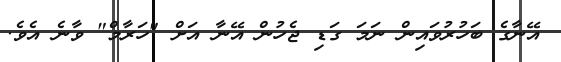
އޭނާގެ ބަހުރުވައިން ނަމަ ގަޑި ޖެހުން އޭނާ އަށް "ހަރާމް" ވާނެ އެވެ.